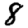
Digit: 8